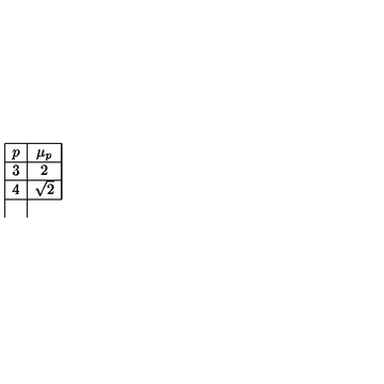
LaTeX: \begin{array} { | c | c | } \hline { p } & { \mu _ { p } } \\ \hline { { } { } 3 } & { 2 } \\ \hline { { } { } 4 } & { \sqrt { 2 } } \\ \hline { } \\ \end{array}